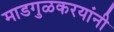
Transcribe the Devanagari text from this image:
माडगुळकरयांनी